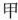
甲